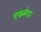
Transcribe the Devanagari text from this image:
एबनेयर